King Institute of Preventive Medicine Micro-Biological Section reports 1909-11
Year: 1909
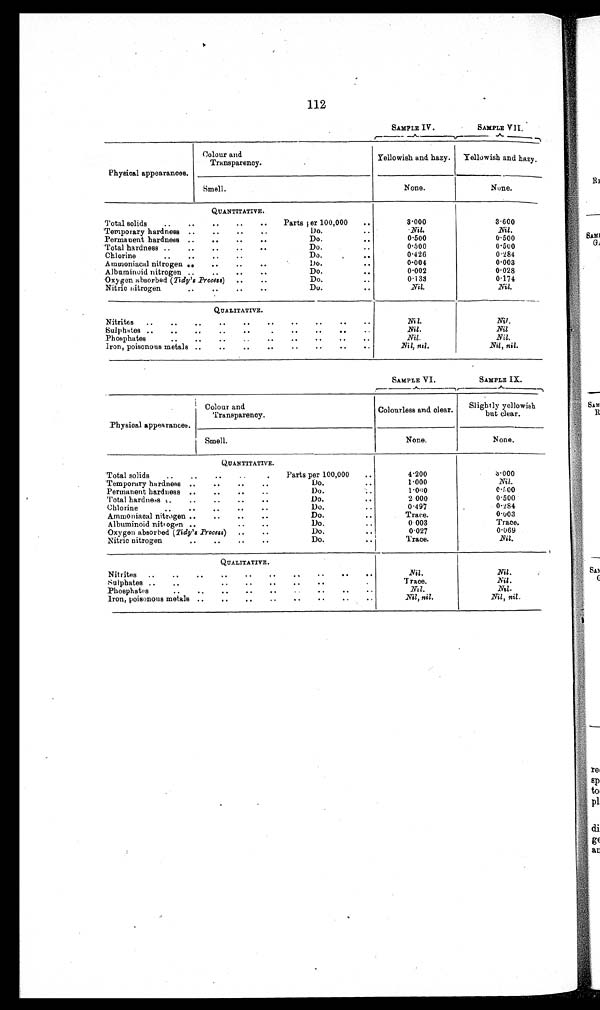
112
SAMPLE IV.
SAMPLE VII.
Physical appearances.
Colour and
Transparency.
Yellowish and hazy.
Yellowish and hazy.
Smell.
None.
None.
QUANTITATIVE.
Total solids
Parts per 100,000
3·000
3·600
Temporary hardness
Do.
Nil.
Nil .
Permanent hardness
Do.
0·500
0·500
Total hardness
Do.
0·500
0·500
Chlorine
Do.
0·426
0·284
Ammoniacal nitrogen
Do.
0·004
0·003
Albuminoid nitrogen
Do.
0·002
0·028
Oxygen absorbed ( Tidy's Process )
Do.
0·133
0·174
Nitric nitrogen
Do.
Nil.
Nil.
QUALITATIVE.
Nitrites
Nil.
Nil .
Sulphates
Nil .
Nil
Phosphates
Nil .
Nil.
Iron, poisonous metals
Nil, nil .
Nil , nil.
SAMPLE VI.
SAMPLE IX.
Physical appearances.
Colour an
d Transparency.
Colourless and clear.
Slightly yellowish
but clear.
Smell.
None.
None.
QUANTITATIVE.
Total solids
Parts per 100,000
4·200
3·000
Temporary hardness
Do.
1·000
Nil .
Permanent hardness
Do.
1·040
0·400
Total hardness
Do.
2·000
0·500
Chlorine
Do.
0·497
0·284
Ammoniacal nitroge
Do.
Trace.
0·003
Albuminoid nitrogen
Do.
0 003
Trace.
Oxygen absorbed (Tidy's Process)
Do.
0·027
0·069
Nitric nitrogen
Do.
Trace.
Nil.
QUALITATIVE.
Nitrites
Nil .
Nil .
Sulphates
Trace.
Nil .
Phosphates
Nil.
Nil.
Iron, poisonous metals
Nil , nil .
Nil , nil .